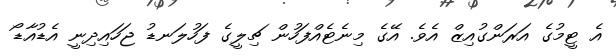
އެ ޓީމުގެ އަރަންގުއިޒް އެވެ. އޭގެ މިނެޓެއްފަހުން ޗިލީގެ ފަހުލަނޑު ޖަހައިދިނީ އެޑުއާޑޯ